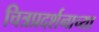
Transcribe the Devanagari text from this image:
चित्रप्रदर्शनाच्या